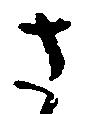
さ